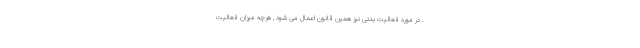
. در مورد فعالیت بدنی نیز همین قانون اعمال می شود , هرچه میزان فعالیت